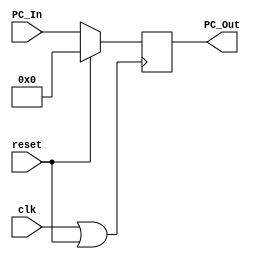
`timescale 1ns / 1ps
//////////////////////////////////////////////////////////////////////////////////
// Company: 
// Engineer: 
// 
// Design Name: 
// Module Name: Program_Counter
// Project Name: 
// Target Devices: 
// Tool Versions: 
// Description: 
// 
// Dependencies: 
// 
// Revision:
// Revision 0.01 - File Created
// Additional Comments:
// 
//////////////////////////////////////////////////////////////////////////////////


module Program_Counter(
input clk,
input reset,
input [63:0] PC_In,
output reg [63:0] PC_Out
);

initial 
PC_Out = 0; //only runs once at the start


always @ (posedge clk || reset) begin // runs if either clock or reset CHANGES (not =1 necessarily)
if (reset == 1) begin
PC_Out = 0;
end
else begin
PC_Out = PC_In;
end
end
 
endmodule